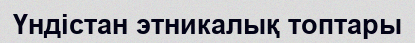
Үндістан этникалық топтары